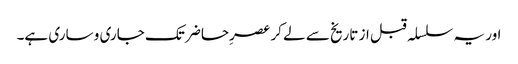
اور یہ سلسلہ قبل از تاریخ سے لے کر عصرِحاضر تک جاری و ساری ہے۔